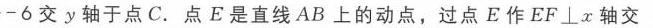
\(-6\)交\(y\)轴于点\(C\). 点\(E\)是直线\(AB\)上的动点，过点\(E\)作\(EF\perp x\)轴交